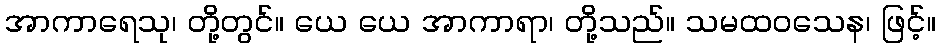
အာကာရေသု၊ တို့တွင်။ ယေ ယေ အာကာရာ၊ တို့သည်။ သမထဝသေန၊ ဖြင့်။